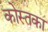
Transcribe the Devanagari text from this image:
कोस्तका